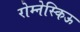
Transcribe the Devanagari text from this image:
रोम्नेस्किऊ